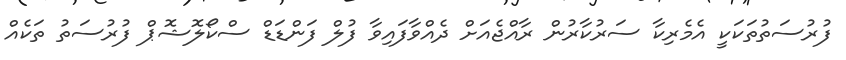
ފުރުސަތުތަކަކީ އެމެރިކާ ސަރުކާރުން ރާއްޖެއަށް ދެއްވާފައިވާ ފުލް ފަންޑަޑް ސްކޯލޮޝޮޕް ފުރުސަތު ތަކެއް